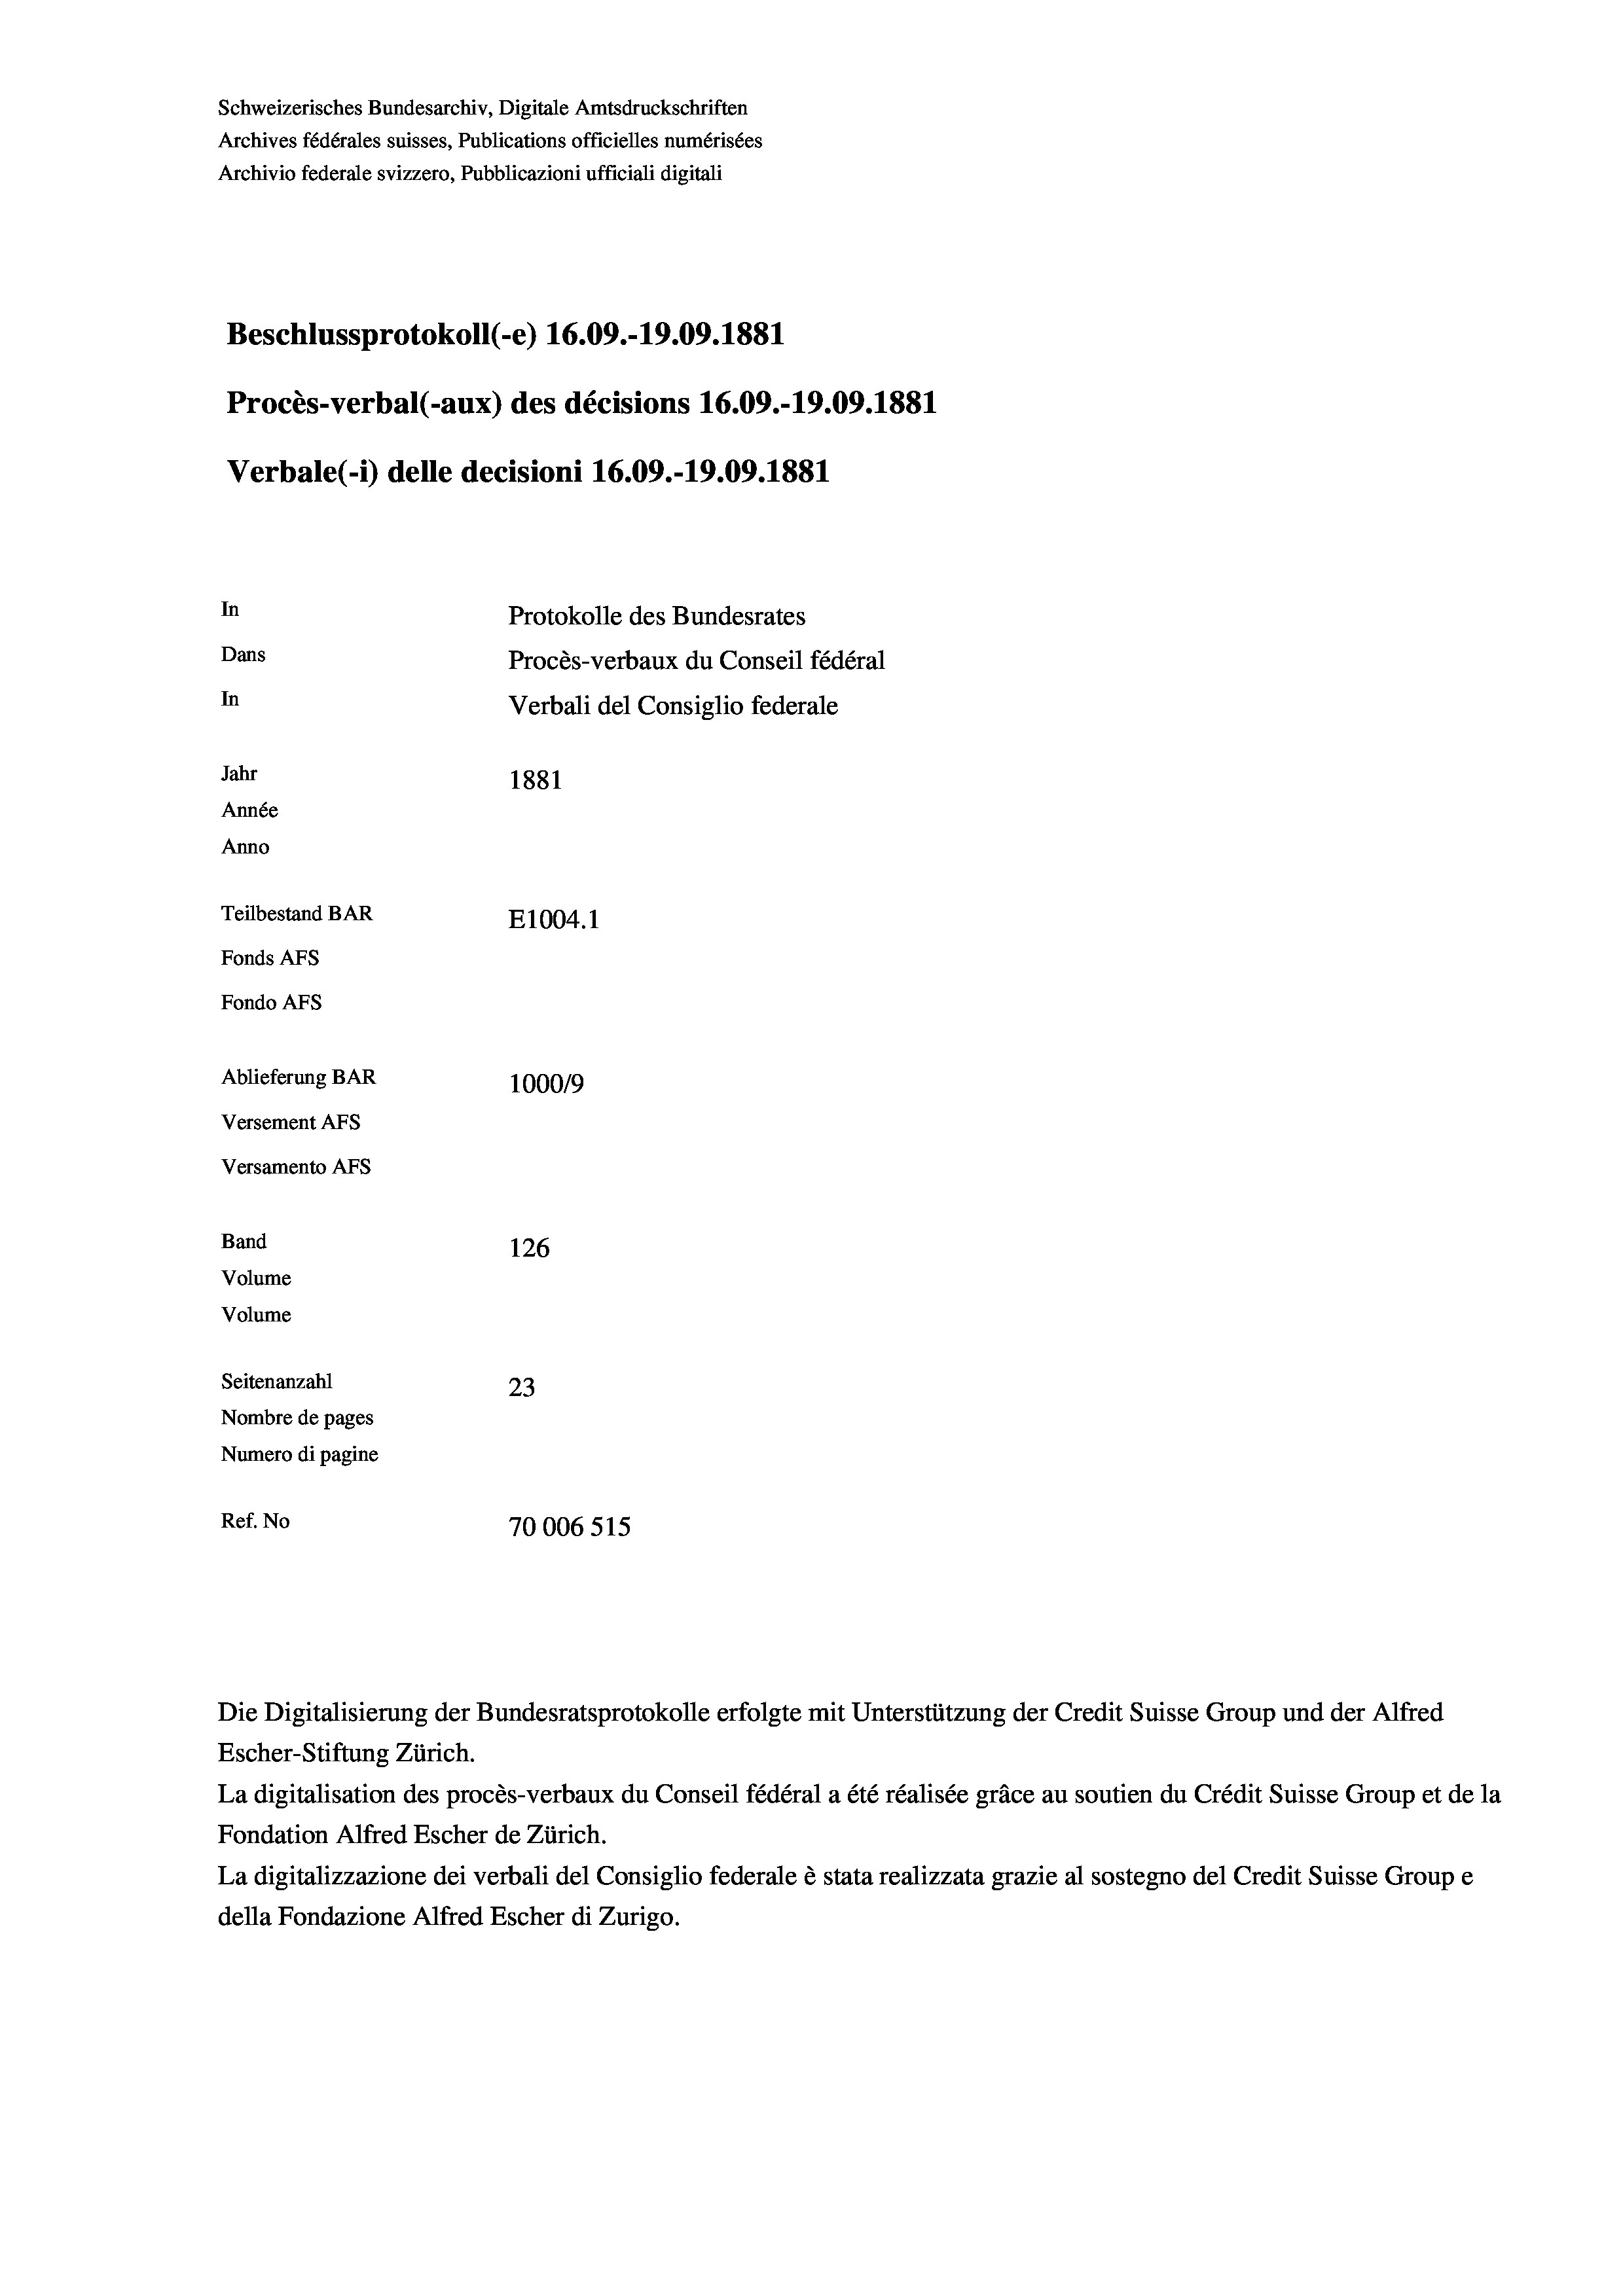
Schweizerisches Bundesarchiv, Digitale Amtsdruckschriften
Archives fédérales suisses, Publications officielles numérisées
Archivio federale svizzero, Pubblicazioni ufficiali digitali
Beschlussprotokoll (-e) 16.09.-19.09. 1881
Procès-verbal (-aux) des décisions 16.09.-19.09. 1881
Verbale (i) delle decisioni 16.09.-19.09. 1881
In
Protokolle des Bundesrates
Dans
Procès-verbaux du Conseil fédéral
In
Verbali del Consiglio federale
Jahr
1881
Année
Anno
Teilbestand BAR
E1004.1
Fonds AFs
Fondo Afs
Ablieferung BAR
100019
Versement AFs
Versamento Afs
Band
126
Volume
Volume
Seitenanzahl
23
Nombre de pages
Numero di pagine
Ref. No
70006515

Die Digitalisierung der Bundesratsprotokolle erfolgte mit Unterstützung der Credit Suisse Group und der Alfred
Escher-Stiftung Zürich.
La digitalisation des procès-verbaux du Conseil fédéral a été réalisée gräce au soutien du Crédit Suisse Group et de la
Fondation Alfred Escher de Zürich.
La digitalizzazione dei verbali del Consiglio federale è stata realizzata grazie al sostegno del Credit Suisse Groupe
della Fondazione Alfred Escher di Zurigo.